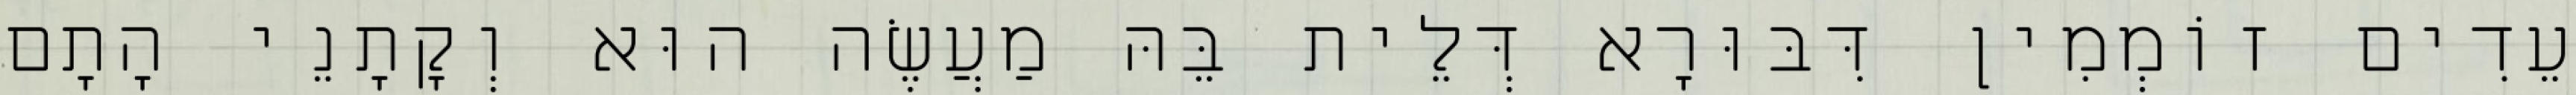
עֵדִים זוֹמְמִין דִּבּוּרָא דְּלֵית בֵּהּ מַעֲשֶׂה הוּא וְקָתָנֵי הָתָם